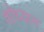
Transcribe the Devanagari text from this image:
शोध्यान